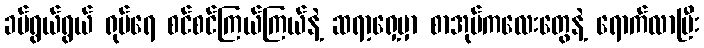
ခပ်ရွယ်ရွယ် ရုပ်ရေ စင်စင်ကြယ်ကြယ်နဲ့ ဆရာ့ရှေ့မှာ စာအုပ်ကလေးတွေနဲ့ ရောက်လာပြီး